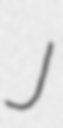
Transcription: J